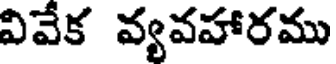
వివేక వ్యవహారము